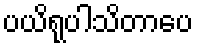
ပယိရုပါသိတာပေ